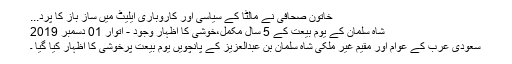
خاتون صحافی نے مالٹا کے سیاسی اور کاروباری ایلیٹ میں ساز باز کا پرد...
شاہ سلمان کے یوم بیعت کے 5 سال مکمل،خوشی کا اظہار وجود - اتوار 01 دسمبر 2019
سعودی عرب کے عوام اور مقیم غیر ملکی شاہ سلمان بن عبدالعزیز کے پانچویں یوم بیعت پرخوشی کا اظہار کیا گیا ۔